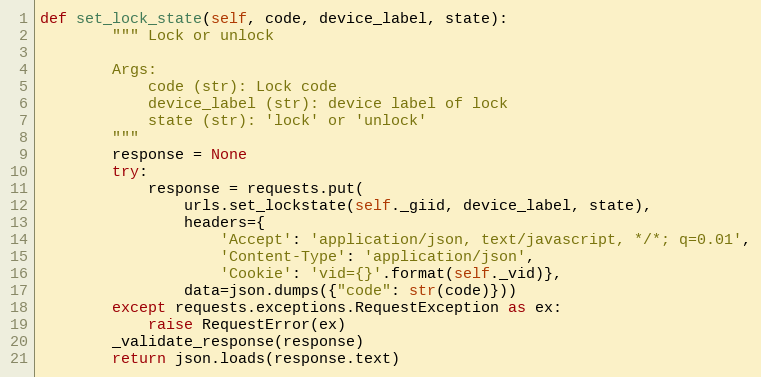
Language: Python
def set_lock_state(self, code, device_label, state):
        """ Lock or unlock

        Args:
            code (str): Lock code
            device_label (str): device label of lock
            state (str): 'lock' or 'unlock'
        """
        response = None
        try:
            response = requests.put(
                urls.set_lockstate(self._giid, device_label, state),
                headers={
                    'Accept': 'application/json, text/javascript, */*; q=0.01',
                    'Content-Type': 'application/json',
                    'Cookie': 'vid={}'.format(self._vid)},
                data=json.dumps({"code": str(code)}))
        except requests.exceptions.RequestException as ex:
            raise RequestError(ex)
        _validate_response(response)
        return json.loads(response.text)